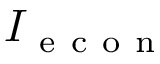
I _ { \mathrm { ~ e ~ c ~ o ~ n ~ } }